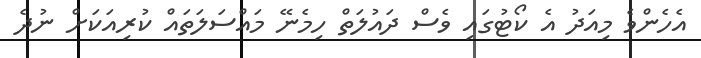
އެހެންވެ މިއަދު އެ ކޯޓުގައި ވެސް ދައުލަތް ހިމެނޭ މައްސަލަތައް ކުރިއަކަށް ނުދެ